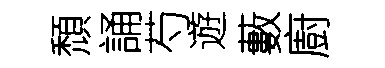
頹誦芍遊藪廚